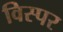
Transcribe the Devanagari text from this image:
विस्पर